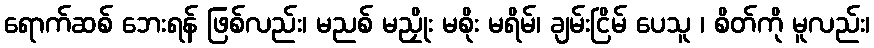
ရောက်ဆစ် ဘေးရန် ဖြစ်လည်း၊ မညစ် မညှိုး မစိုး မရိမ်၊ ချမ်းငြိမ် ပေသူ ၊ စိတ်ကို မူလည်း၊